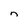
Character: n